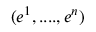
( e ^ { 1 } , . . . . , e ^ { n } )